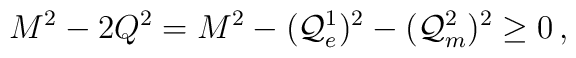
M^{2}-2Q^{2}=M^{2}-({\cal Q}_{e}^{1})^{2}-({\cal Q}_{m}^{2})^{2}\geq 0\, ,